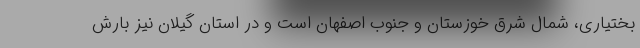
بختیاری، شمال شرق خوزستان و جنوب اصفهان است و در استان گیلان نیز بارش